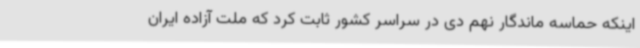
اینکه حماسه‌ ماندگار نهم دی در سراسر کشور ثابت کرد که ملت آزاده ایران